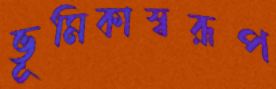
ভূমিকাস্বরূপ